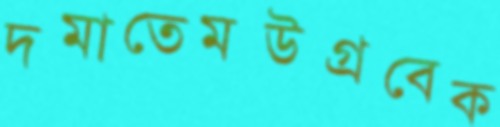
দমাতেমউগ্‌রবেক